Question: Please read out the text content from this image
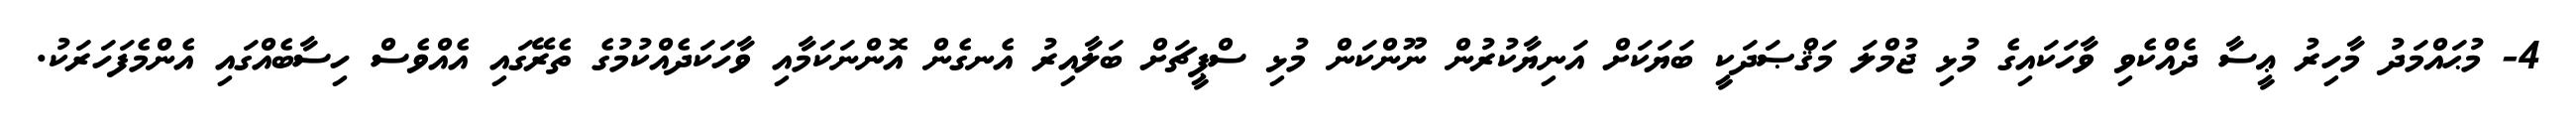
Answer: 4- މުޙައްމަދު މާހިރު ޢީސާ ދެއްކެވި ވާހަކައިގެ މުޅި ޖުމްލަ މަޤްޞަދަކީ ބަޔަކަށް އަނިޔާކުރުން ނޫންކަން މުޅި ސްޕީޗަށް ބަލާއިރު އެނގެން އޮންނަކަމާއި ވާހަކަދެއްކުމުގެ ތެރޭގައި އެއްވެސް ހިސާބެއްގައި އެންމެފަހަރަކު.